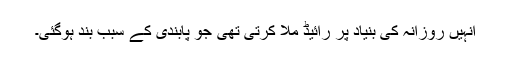
انہیں روزانہ کی بنیاد پر رائیڈ ملا کرتی تھی جو پابندی کے سبب بند ہوگئی۔